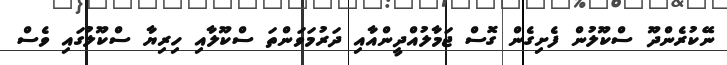
ނޭކުރެންދޫ ސްކޫލުން ފެށިގެން ގޮސް ޖަމާލުއްދީންއާއި ދަރުމަވަންތަ ސްކޫލާއި ހިރިޔާ ސްކޫލުގައި ވެސް